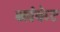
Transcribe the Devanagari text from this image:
ब्लंकेट